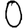
Digit: 0